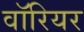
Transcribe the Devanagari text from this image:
वाॅरियर